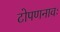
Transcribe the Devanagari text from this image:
टोपणनावः